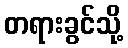
တရားခွင်သို့